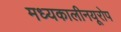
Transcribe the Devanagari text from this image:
मध्यकालीनयूरोप